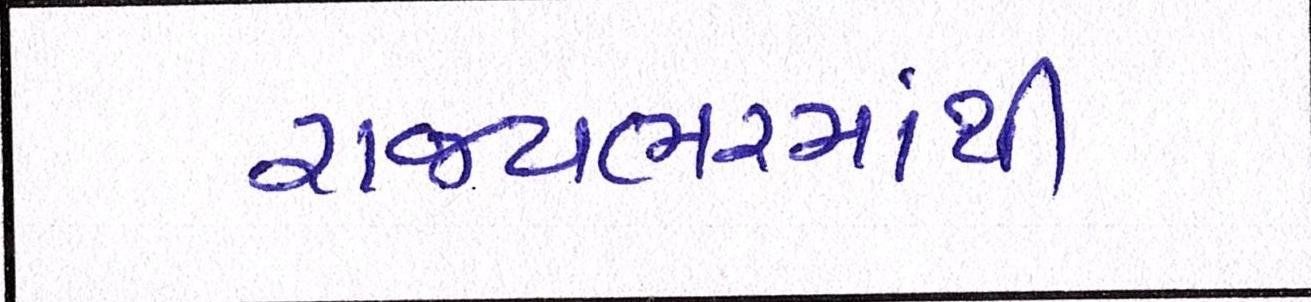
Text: રાજયભરમાંથી